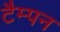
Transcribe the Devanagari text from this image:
टैम्पन